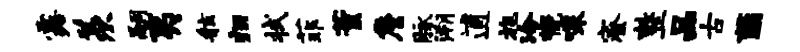
露羡嗣夷舷归拭菲董詹脉溯逋旄冷幌嗥寮整品古薤